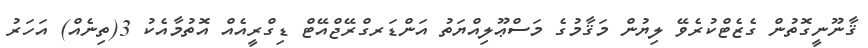
ޤާނޫނީގޮތުން ގެޒެޓްކުރެވޭ ލިޔުން މަޤާމުގެ މަސްޢޫލިއްޔަތު އަންޑަރގްރޭޖްއޭޓް ޑިގްރީއެއް އޮތުމާއެކު 3(ތިނެއް) އަހަރު